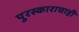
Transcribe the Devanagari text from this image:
पुरस्काराचाही